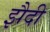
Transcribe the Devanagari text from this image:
झैदी